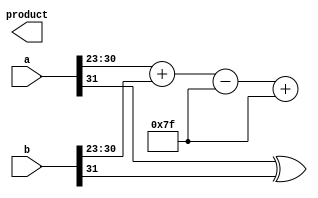
module fp_wallace_tree_multiplier (
    input [31:0] a, // First floating-point input
    input [31:0] b, // Second floating-point input
    output reg [31:0] product // Resulting floating-point product
);

    // Constants
    localparam BIAS = 8'd127;
    localparam MANTISSA_BITS = 23;

    // Extracting components from the inputs
    wire sign_a = a[31];
    wire sign_b = b[31];
    wire [7:0] exp_a = a[30:23];
    wire [7:0] exp_b = b[30:23];
    wire [23:0] mant_a = {1'b1, a[22:0]}; // Implicit leading 1
    wire [23:0] mant_b = {1'b1, b[22:0]}; // Implicit leading 1

    // Exponent calculation
    wire [8:0] exp_sum = {1'b0, exp_a} + {1'b0, exp_b} - BIAS; // Adjusted exponent
    wire [7:0] exp_product = exp_sum[7:0] + BIAS; // Final exponent with bias

    // Mantissa multiplication using Wallace Tree
    wire [47:0] partial_products [0:23]; // Partial products
    genvar i, j;

    // Generate partial products
    generate
        for (i = 0; i < 24; i = i + 1) begin : pp_gen
            for (j = 0; j < 24; j = j + 1) begin : pp_inner
                assign partial_products[i][i + j] = mant_a[i] & mant_b[j];
            end
        end
    endgenerate

    // Wallace tree reduction
    wire [47:0] sum1, sum2, carry1, carry2;
    wire [47:0] final_sum;

    // First stage of reduction
    // Half adders and full adders would be implemented here
    // For simplicity, we will use a simple adder for demonstration
    assign sum1 = partial_products[0] + partial_products[1] + partial_products[2];
    assign carry1 = (partial_products[0] & partial_products[1]) | (partial_products[1] & partial_products[2]) | (partial_products[0] & partial_products[2]);

    // Continue reduction stages...
    // This is a simplified version; a full Wallace tree would require more stages and careful handling of carries

    // Final sum and normalization
    wire [23:0] mant_product = final_sum[47:24]; // Adjust based on actual reduction
    wire [7:0] final_exponent = exp_product; // Adjust based on normalization

    // Determine sign of the product
    wire sign_product = sign_a ^ sign_b;

    // Assemble final product
    always @(*) begin
        product[31] = sign_product;
        product[30:23] = final_exponent;
        product[22:0] = mant_product[22:0]; // Rounding not implemented for simplicity
    end

endmodule